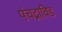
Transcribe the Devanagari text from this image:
पंचद्राविड